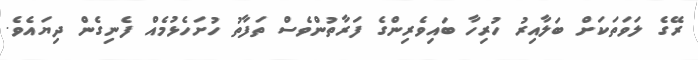
ރޭގެ ލަވަތަކަށް ބަލާއިރު ހުރިހާ ބައިވެރިންގެ ފަރާތުންވެސް ތަފާތު ހުށަހެޅުމެއް ފެނިގެން ދިޔައެވެ.